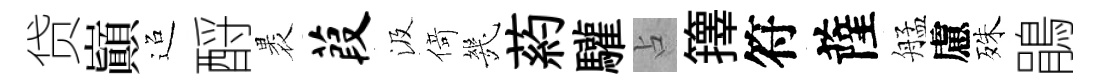
贷巔迢酹褁葭汲𠋣㡬葯驩占籜符薩艋慮殊鵑